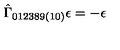
\hat { \Gamma } _ { 0 1 2 3 8 9 ( 1 0 ) } \epsilon = - \epsilon